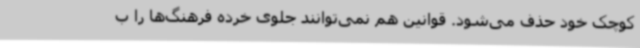
کوچک خود حذف می‌شود. قوانین هم نمی‌توانند جلوی خرده فرهنگ‌ها را ب